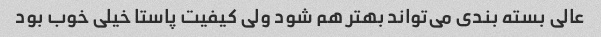
عالی بسته بندی می‌تواند بهتر هم شود ولی کیفیت پاستا خیلی خوب بود